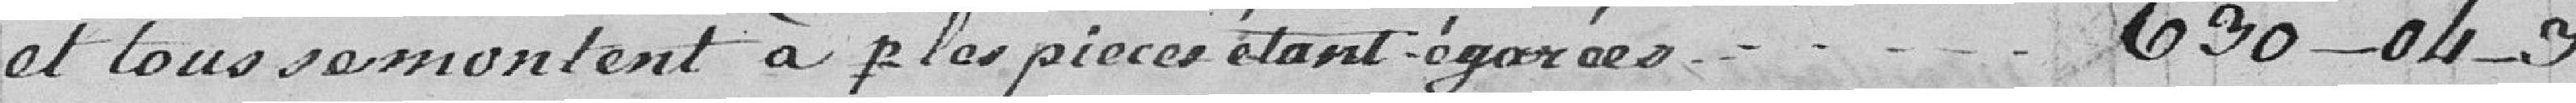
et tous remontent à les pièces étant égarées....... 630-04-3